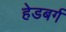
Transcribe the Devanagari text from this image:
हेडबर्ग